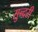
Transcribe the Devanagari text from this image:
सुन्‍दरी